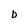
Character: D